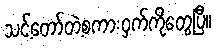
သင့်တော်တဲ့စကားဝှက်ကိုတွေ့ပြီ။